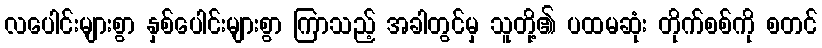
လပေါင်းများစွာ နှစ်ပေါင်းများစွာ ကြာသည့် အခါတွင်မှ သူတို့၏ ပထမဆုံး တိုက်စစ်ကို စတင်